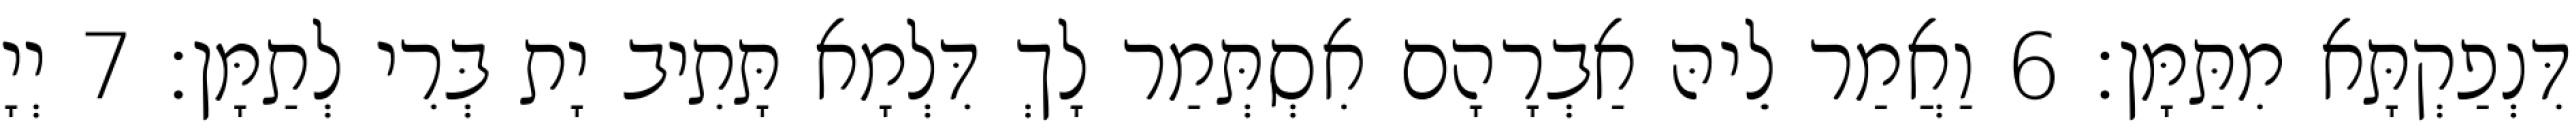
דִּנְפַקְתָּא מִתַּמָּן׃ 6 וַאֲמַר לֵיהּ אַבְרָהָם אִסְתְּמַר לָךְ דִּלְמָא תָּתִיב יָת בְּרִי לְתַמָּן׃ 7 יְיָ